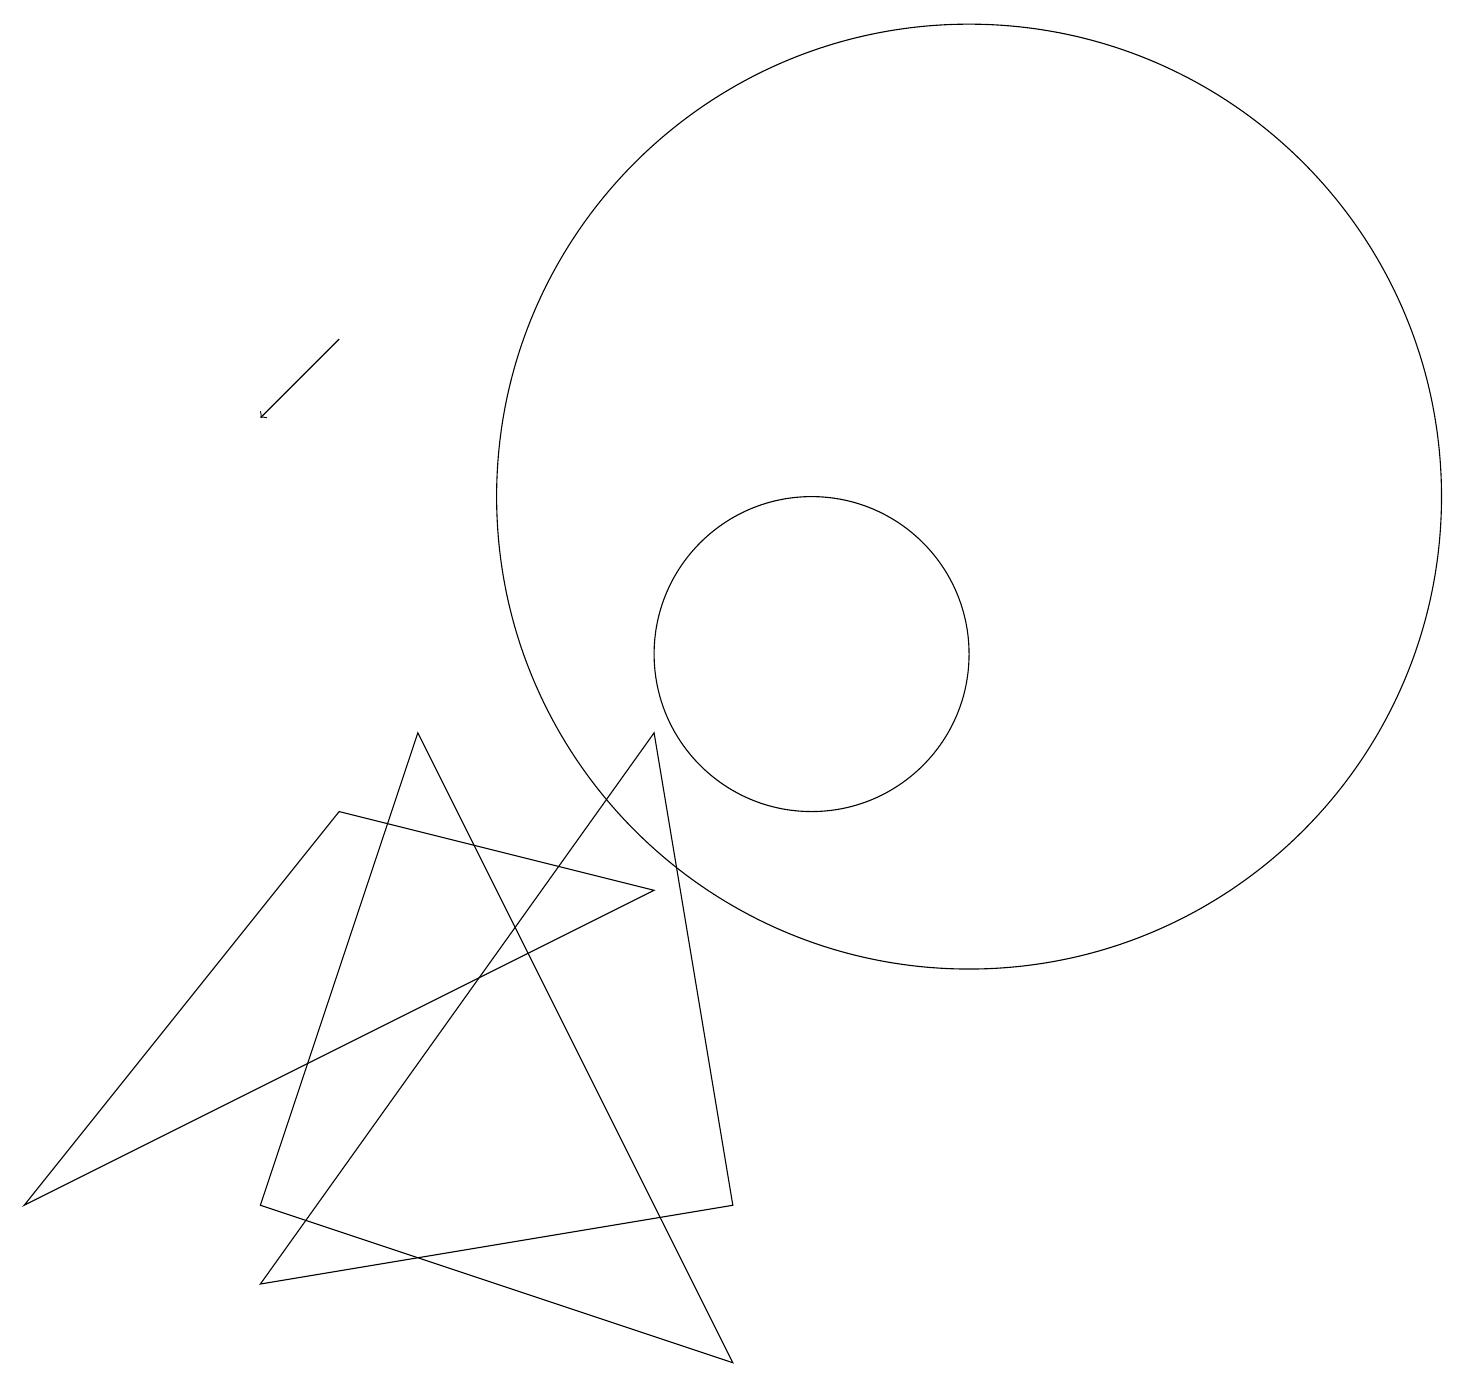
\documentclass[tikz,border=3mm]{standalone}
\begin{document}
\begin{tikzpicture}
\draw (5,9) -- (3,3) -- (9,1) -- cycle;
\draw (0,3) -- (4,8) -- (8,7) -- cycle;
\draw[->] (4,14) -- (3,13);
\draw (10,10) circle (2);
\draw (12,12) circle (6);
\draw (3,2) -- (9,3) -- (8,9) -- cycle;
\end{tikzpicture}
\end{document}